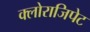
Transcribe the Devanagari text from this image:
क्लोराजिपेट